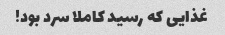
غذایی که رسید کاملا سرد بود!